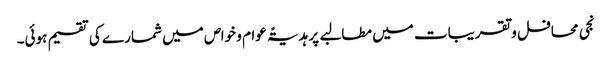
نجی محافل و تقریبات میں مطالبے پر ہدیۃً عوام و خواص میں شمارے کی تقسیم ہوئی۔